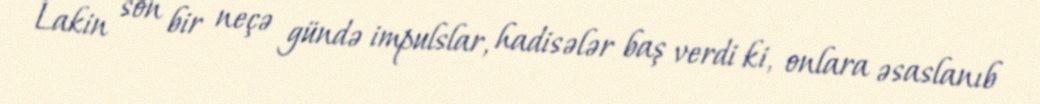
Lakin son bir neçə gündə impulslar, hadisələr baş verdi ki, onlara əsaslanıb